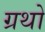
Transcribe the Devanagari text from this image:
ग्रथो